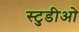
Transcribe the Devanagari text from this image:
स्टुडीओ